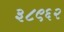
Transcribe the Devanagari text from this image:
३८९६२